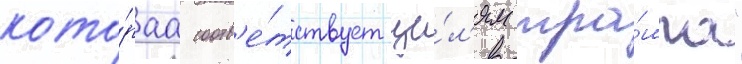
кото́раа соотв'е́тствует це́л'ям тра́мпа"